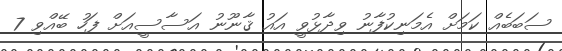
ސަބަބެއް ކަމަށް އެމަނިކުފާނު ވިދާޅުވީ އައުު ޤާނޫނު އަސާސީއަށް ފަހު ބޭއްވި 7